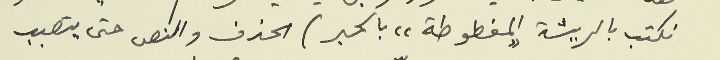
نكتب بالريشة "المغطوطة" بالحبر) الحذف والنص حتى يتصبب